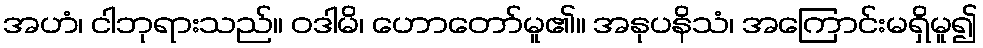
အဟံ၊ ငါဘုရားသည်။ ဝဒါမိ၊ ဟောတော်မူ၏။ အနုပနိသံ၊ အကြောင်းမရှိမူ၍